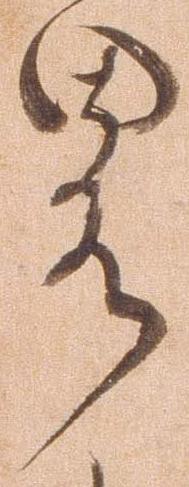
略